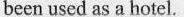
been used as a hotel.